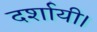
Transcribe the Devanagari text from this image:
दर्शायी।